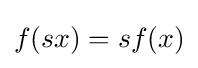
f(sx)=sf(x)